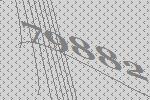
79882